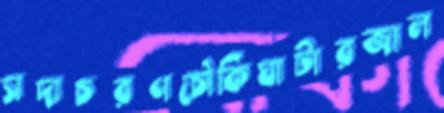
সদাচরণচৌকিঘাটারজাল